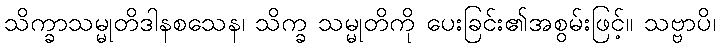
သိက္ခာသမ္မုတိဒါနစသေန၊ သိက္ခ သမ္မုတိကို ပေးခြင်း၏အစွမ်းဖြင့်။ သဗ္ဗာပိ၊